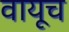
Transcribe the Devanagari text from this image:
वायूच